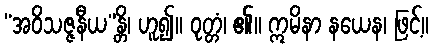
“အဝိသဇ္ဇနီယ”န္တိ၊ ဟူ၍။ ဝုတ္တံ၊ ၏။ ဣမိနာ နယေန၊ ဖြင့်။